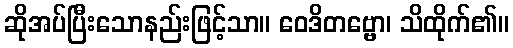
ဆိုအပ်ပြီးသောနည်းဖြင့်သာ။ ဝေဒိတဗ္ဗော၊ သိထိုက်၏။